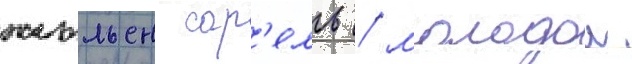
жюльен сор'ель / молодои